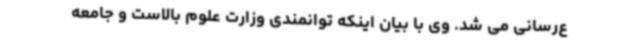
ع‌رسانی می شد. وی با بیان اینکه توانمندی وزارت علوم بالاست و جامعه